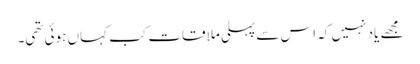
مجھے یاد نہیں کہ اس سے پہلی ملاقات کب کہاں ہوئی تھی۔